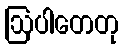
ဩပါတေတု